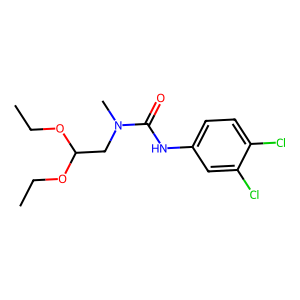
SMILES: CCOC(CN(C)C(=O)Nc1ccc(Cl)c(Cl)c1)OCC
Inhibits HIV replication: No